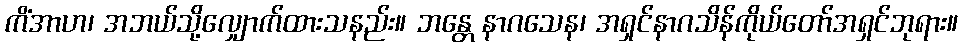
ကိံအာဟ၊ အဘယ်သို့လျှောက်ထားသနည်း။ ဘန္တေ နာဂသေန၊ အရှင်နာဂသိန်ကိုယ်တော်အရှင်ဘုရား။